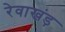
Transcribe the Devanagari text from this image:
रेवाखंड़